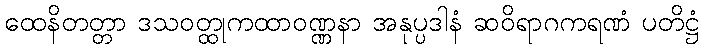
ထေနိတတ္တာ ဒသဝတ္ထုကထာဝဏ္ဏနာ အနုပ္ပဒါနံ ဆဝိရာဂကရဏံ ပတိဋ္ဌံ